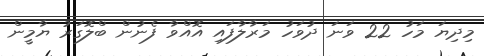
މިދިޔަ މަހު 22 ވަނަ ދުވަހު މަރާލާފައި އޮއްވާ ފެނުން ބްލޮގަރު ޔާމީން